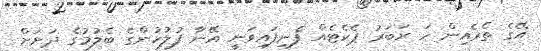
އޭގެ ތެރެއިން ހަ ރަބަރު ޕެކެޓެއް ފެނިފައިވަނީ އޭނާ ފުލުހުންގެ ބެލުމުގެ ދަށަށް